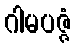
ဂါမပဇ္ဇံ